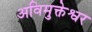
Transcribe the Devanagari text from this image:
अविमुक्तेश्वर